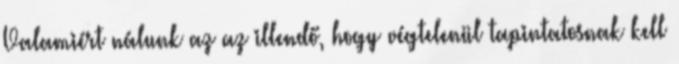
Valamiért nálunk az az illendő, hogy végtelenül tapintatosnak kell